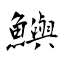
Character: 鱮